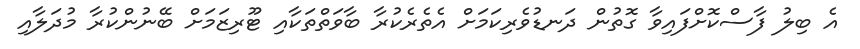
އެ ބިލު ފާސްކޮށްފައިވާ ގޮތުން ދަނޑުވެރިކަމަށް އެތެރެކުރާ ބާވަތްތަކާއި ޓޫރިޒަމަށް ބޭނުންކުރާ މުދަލާއި